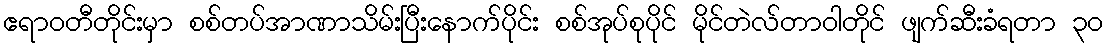
ဧရာဝတီတိုင်းမှာ စစ်တပ်အာဏာသိမ်းပြီးနောက်ပိုင်း စစ်အုပ်စုပိုင် မိုင်တဲလ်တာဝါတိုင် ဖျက်ဆီးခံရတာ ၃၀